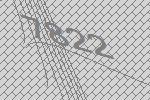
7822